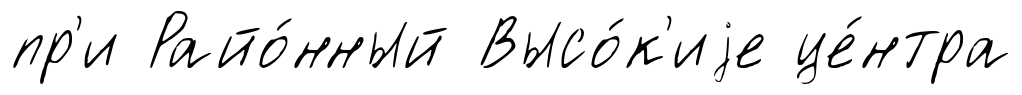
пр'и Райо́нный Высо́к'иjе це́нтра